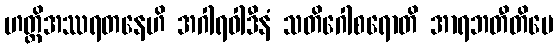
ဟတ္ထိအဿရတနေဟိ အဂါရဝါဒီနံ သတိဂေါစရောတိ အာရဘတီတိပေ